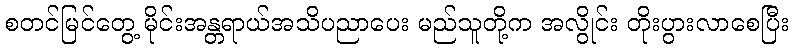
စတင်မြင်တွေ့ မိုင်းအန္တရာယ်အသိပညာပေး မည်သူတို့က အလွိုင်း တိုးပွားလာစေပြီး